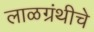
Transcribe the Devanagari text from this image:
लाळग्रंथीचे